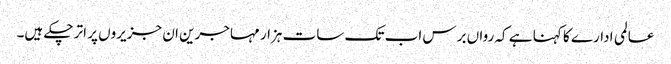
عالمی ادارے کا کہنا ہے کہ رواں برس اب تک سات ہزار مہاجرین ان جزیروں پر اتر چکے ہیں۔